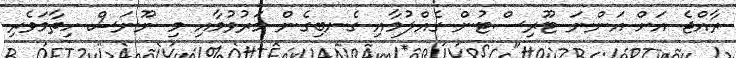
ރާއްޖެ އަށް އަންނަ ޓޫރިސްޓުން ގެއްލުމާއި ގެނބިގެން މަރުވުމާއި މި ނޫނަސް ހިތާމަވެރި